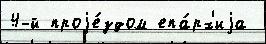
4-й проjе́здом епа́рх'иjа